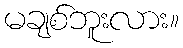
မချစ်ဘူးလား။